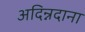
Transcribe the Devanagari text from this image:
अदिन्नदाना